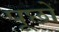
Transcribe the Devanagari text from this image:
पूछों